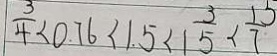
\frac { 3 } { 4 } < 0 . 7 6 < 1 . 5 < 1 \frac { 3 } { 5 } < \frac { 1 5 } { 7 }